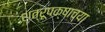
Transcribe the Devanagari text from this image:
शत्रूपक्षाच्या